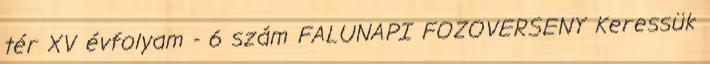
tér XV évfolyam - 6 szám FALUNAPI FOZOVERSENY Keressük